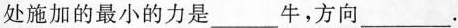
处施加的最小的力是___牛，方向